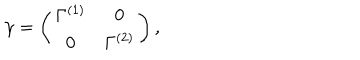
LaTeX: \gamma = \left( \begin{array} { c c } { { \Gamma ^ { ( 1 ) } } } & { { 0 } } \\ { { 0 } } & { { \Gamma ^ { ( 2 ) } } } \\ \end{array} \right) ,